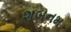
શબનમ